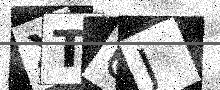
Text: XT6J